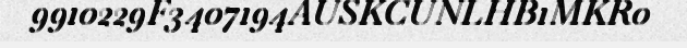
9910229F3407194AUSKCUNLHB1MKR0